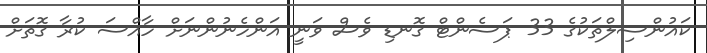
ކައުންސިލްތަކުގެ 33 ޕަސެންޓް ގޮނޑި ވެސް ވަނީ އަންހެނުންނަށް ހާއްސަ ކުރާ ގޮތަށް